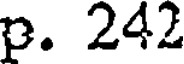
p. 242